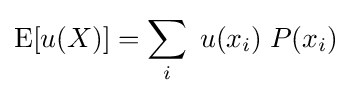
\mathrm {E} [u(X)]=\sum _{i}\;u(x_{i})\;P(x_{i})